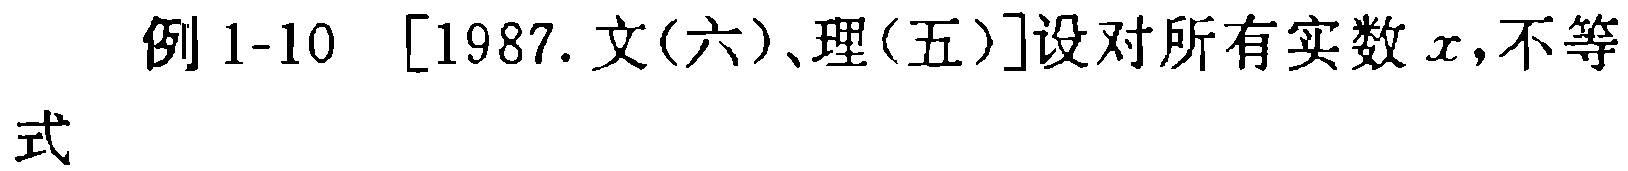
例 1-10 [1987.文(六)、理(五)]设对所有实数 \(x\)，不等式